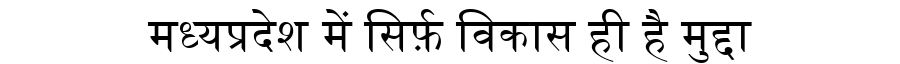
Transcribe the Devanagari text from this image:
मध्यप्रदेश में सिर्फ़ विकास ही है मुद्दा